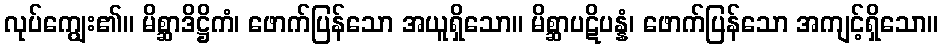
လုပ်ကျွေး၏။ မိစ္ဆာဒိဋ္ဌိကံ၊ ဖောက်ပြန်သော အယူရှိသော။ မိစ္ဆာပဋိပန္နံ၊ ဖောက်ပြန်သော အကျင့်ရှိသော။